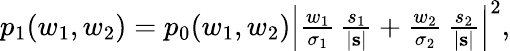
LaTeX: \begin{array}{r}{p_{1}(w_{1},w_{2})=p_{0}(w_{1},w_{2})\left|\frac{w_{1}}{\sigma_{1}}\, \frac{s_{1}}{|\mathbf{s}|}+\frac{w_{2}}{\sigma_{2}}\, \frac{s_{2}}{|\mathbf{s}|}\right|^{2},}\end{array}